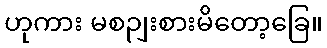
ဟုကား မစဉျးစားမိတော့ခြေ။